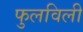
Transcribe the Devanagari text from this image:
फुलविली